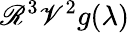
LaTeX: \mathscr{R}^{3}\mathscr{V}^{2}g(\lambda)